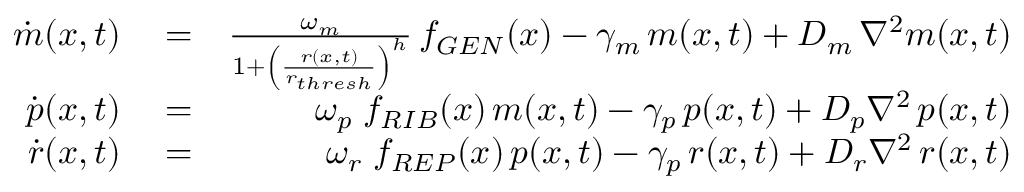
\begin{array} { r l r } { \dot { m } ( x , t ) } & { { } = } & { \frac { \omega _ { m } } { 1 + \left( \frac { r ( x , t ) } { r _ { t h r e s h } } \right) ^ { h } } \, f _ { G E N } ( x ) - \gamma _ { m } \, m ( x , t ) + D _ { m } \, \nabla ^ { 2 } m ( x , t ) } \\ { \dot { p } ( x , t ) } & { { } = } & { \omega _ { p } \; f _ { R I B } ( x ) \, m ( x , t ) - \gamma _ { p } \, p ( x , t ) + D _ { p } \nabla ^ { 2 } \, p ( x , t ) } \\ { \dot { r } ( x , t ) } & { { } = } & { \omega _ { r } \; f _ { R E P } ( x ) \, p ( x , t ) - \gamma _ { p } \, r ( x , t ) + D _ { r } \nabla ^ { 2 } \, r ( x , t ) } \end{array}